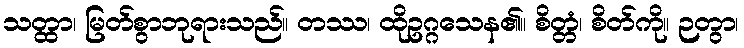
သတ္ထာ၊ မြတ်စွာဘုရားသည်။ တဿ၊ ထိုဥဂ္ဂသေန၏။ စိတ္တံ၊ စိတ်ကို။ ဉတွာ၊